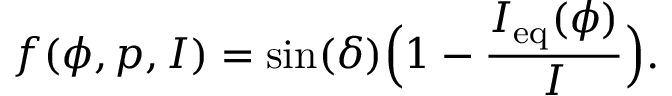
f ( \phi , p , I ) = \sin ( \delta ) \Big ( 1 - \frac { I _ { \mathrm { e q } } ( \phi ) } { I } \Big ) .